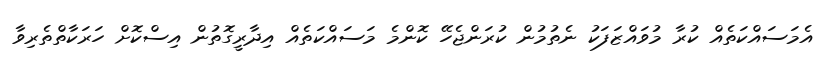
އެމަސައްކަތެއް ކުރާ މުވައްޒަފަކު ނެތުމުން ކުރަންޖެހޭ ކޮންމެ މަސައްކަތެއް އިދާރީގޮތުން އިސްކޮށް ހަރަކާތްތެރިވާ